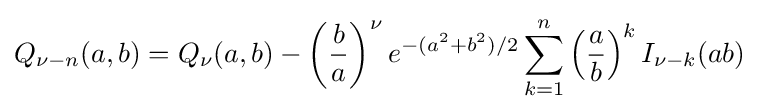
Q_{\nu -n}(a,b)=Q_{\nu }(a,b)-\left({\frac {b}{a}}\right)^{\nu }e^{-(a^{2}+b^{2})/2}\sum _{k=1}^{n}\left({\frac {a}{b}}\right)^{k}I_{\nu -k}(ab)